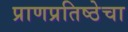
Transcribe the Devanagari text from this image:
प्राणप्रतिष्ठेचा